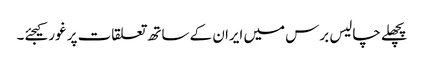
پچھلے چالیس برس میں ایران کے ساتھ تعلقات پر غور کیجئے۔